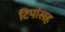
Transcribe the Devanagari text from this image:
टिपांसह